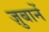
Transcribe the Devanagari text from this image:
ज़ुबानें